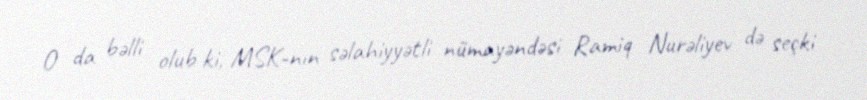
O da bəlli olub ki, MSK-nın səlahiyyətli nümayəndəsi Ramiq Nurəliyev də seçki